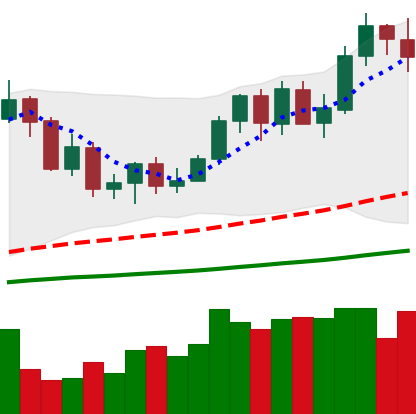
Ticker: NEO-USD
Chart end date: 2020-09-20
Forward return: -9.57%
Label: down_7plus